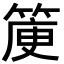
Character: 𥯯